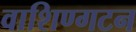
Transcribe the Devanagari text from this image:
वाशिण्गटन